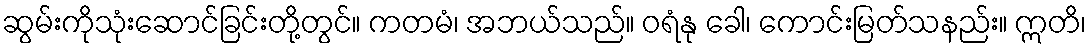
ဆွမ်းကိုသုံးဆောင်ခြင်းတို့တွင်။ ကတမံ၊ အဘယ်သည်။ ဝရံနု ခေါ၊ ကောင်းမြတ်သနည်း။ ဣတိ၊